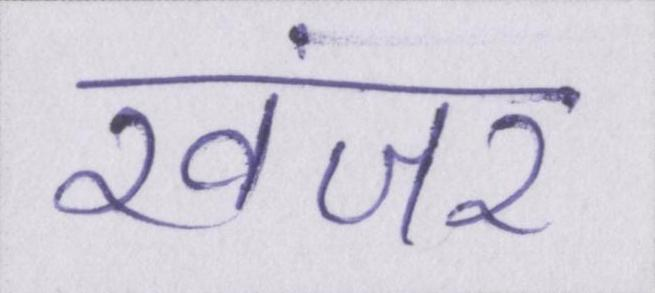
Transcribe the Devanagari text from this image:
खंजर